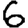
Digit: 6